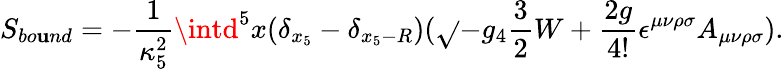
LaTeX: S_{bo\mathbf{u}nd}=-\frac{{1}}{{\kappa_{5}^{2}}}\intd^{5}x(\delta_{x_{5}}-\delta_{x_{5}-R})(\sqrt{}{{-g_{4}}}\frac{{3}}{{2}}W+\frac{{2g}}{{4!}}\epsilon^{\mu\nu\rho\sigma}A_{\mu\nu\rho\sigma}).